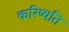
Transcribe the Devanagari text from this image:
करिष्यति